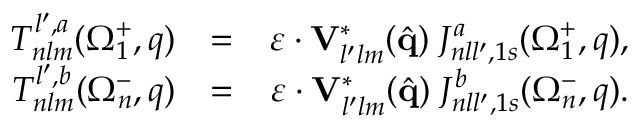
\begin{array} { r l r } { { \cal T } _ { n l m } ^ { l ^ { \prime } , a } ( \Omega _ { 1 } ^ { + } , q ) } & { = } & { \boldsymbol { \varepsilon } \cdot \mathbf { V } _ { l ^ { \prime } l m } ^ { * } ( \hat { \mathbf { q } } ) \; { \cal J } _ { n l l ^ { \prime } , 1 s } ^ { a } ( \Omega _ { 1 } ^ { + } , q ) , } \\ { { \cal T } _ { n l m } ^ { l ^ { \prime } , b } ( \Omega _ { n } ^ { - } , q ) } & { = } & { \boldsymbol { \varepsilon } \cdot \mathbf { V } _ { l ^ { \prime } l m } ^ { * } ( \hat { \mathbf { q } } ) \; { \cal J } _ { n l l ^ { \prime } , 1 s } ^ { b } ( \Omega _ { n } ^ { - } , q ) . } \end{array}